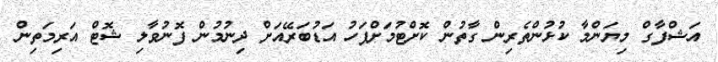
އަޝްފާގް މިޔަންމާ ކުޅުންތެރިން ގާތުން ކޮށްޓުމަށްފަހު އަޑުބަރޭއަށް ދިނުމުން ފޮނުވާލި ޝޮޓް އަރިމަތިން